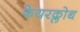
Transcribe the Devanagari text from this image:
फेयरक्लोथ